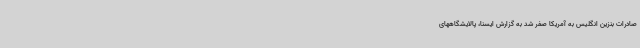
صادرات بنزین انگلیس به آمریکا صفر شد به گزارش ایسنا، پالایشگاههای